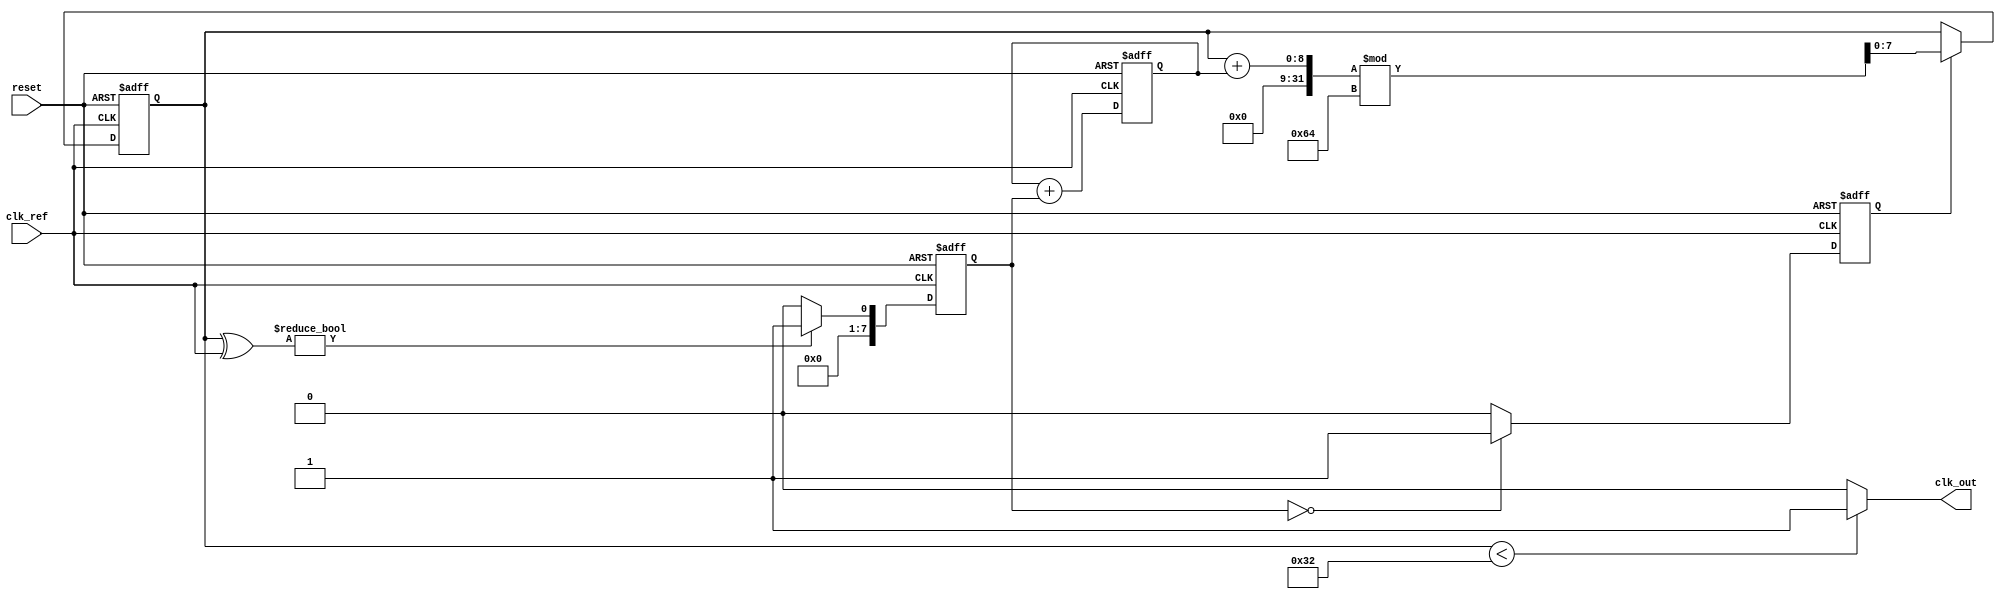
module pll (
    input wire clk_ref,        // Reference clock input
    input wire reset,          // Reset signal
    output wire clk_out        // Output clock signal
);

    // Parameters
    parameter PHASE_WIDTH = 8; // Width for phase information
    parameter VCO_MAX_FREQ = 100; // Max frequency for VCO

    // Internal signals
    reg [PHASE_WIDTH-1:0] phase_error; // Phase error signal
    reg [PHASE_WIDTH-1:0] vco_phase;    // Current VCO phase
    reg [PHASE_WIDTH-1:0] memory_block;  // Memory block for phase info
    reg [7:0] control_signal;            // Control signal for VCO
    reg vco_enable;                      // VCO enable signal
    wire vco_clk;                       // VCO output clock

    // Phase Detector
    always @(posedge clk_ref or posedge reset) begin
        if (reset) begin
            phase_error <= 0;
        end else begin
            // Simple phase detection logic (XOR for example)
            phase_error <= (vco_phase ^ clk_ref) ? 1 : 0;
        end
    end

    // Loop Filter (simple first-order)
    always @(posedge clk_ref or posedge reset) begin
        if (reset) begin
            control_signal <= 0;
        end else begin
            control_signal <= control_signal + phase_error; // Integrate phase error
        end
    end

    // Voltage-Controlled Oscillator (VCO)
    always @(posedge clk_ref or posedge reset) begin
        if (reset) begin
            vco_phase <= 0;
        end else if (vco_enable) begin
            // Simple VCO frequency control based on control signal
            vco_phase <= (vco_phase + control_signal) % VCO_MAX_FREQ;
        end
    end

    // Memory Block (for phase compensation)
    always @(posedge clk_ref or posedge reset) begin
        if (reset) begin
            memory_block <= 0;
        end else begin
            memory_block <= phase_error; // Store phase error
        end
    end

    // Feedback Path
    assign vco_clk = (vco_phase < VCO_MAX_FREQ / 2) ? 1 : 0; // Generate output clock

    // Control Logic
    always @(posedge clk_ref or posedge reset) begin
        if (reset) begin
            vco_enable <= 0;
        end else begin
            // Enable VCO when phase is locked
            if (phase_error == 0) begin
                vco_enable <= 1;
            end else begin
                vco_enable <= 0;
            end
        end
    end

    // Output Buffer
    assign clk_out = vco_clk;

endmodule